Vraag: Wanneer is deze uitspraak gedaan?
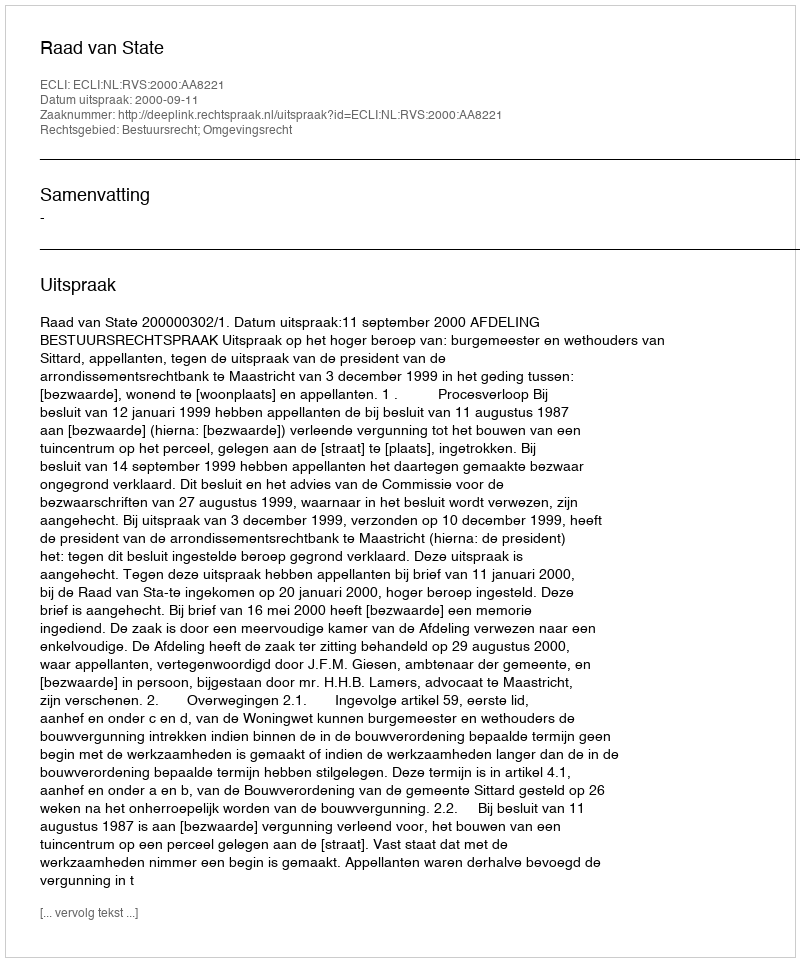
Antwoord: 2000-09-11